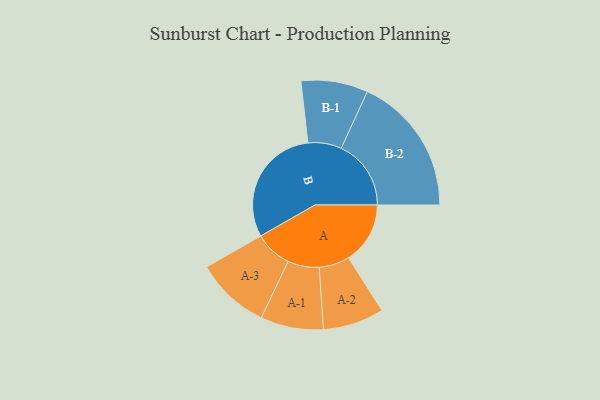
{"axis": {"x": "Segment", "y": "Value"}, "legend": ["", "A", "B"], "data": [{"x": "A", "y": 210, "type": ""}, {"x": "B", "y": 413, "type": ""}, {"x": "A-1", "y": 107, "type": "A"}, {"x": "A-2", "y": 104, "type": "A"}, {"x": "A-3", "y": 127, "type": "A"}, {"x": "B-1", "y": 114, "type": "B"}, {"x": "B-2", "y": 238, "type": "B"}]}